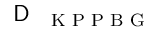
\textrm { \textsf { D } } _ { \textrm { K P P B G } }